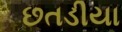
છતડીયા